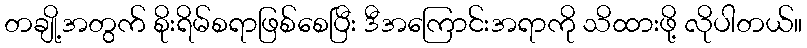
တချို့အတွက် စိုးရိမ်စရာဖြစ်စေပြီး ဒီအကြောင်းအရာကို သိထားဖို့ လိုပါတယ်။